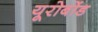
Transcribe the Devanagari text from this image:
यूरोबोंड